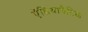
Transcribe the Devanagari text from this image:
ऍडियाबैटिक